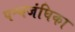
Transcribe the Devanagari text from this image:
पश्वजंघिका